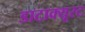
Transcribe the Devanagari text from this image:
डाटाक्यूस्ट